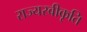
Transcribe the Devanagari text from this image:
राज्यस्वीकृति